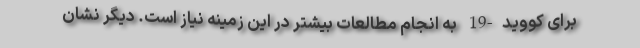
برای کووید-19 به انجام مطالعات بیشتر در این زمینه نیاز است. دیگر نشان